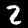
Digit: 2